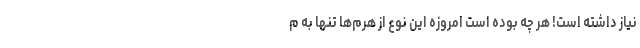
نیاز داشته است! هر چه بوده است امروزه این نوع از هرم‌ها تنها به م